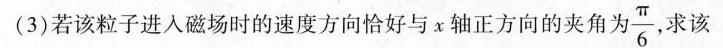
(3)若该粒子进入磁场时的速度方向恰好与x轴正方向的夹角 $$\frac{\pi}{6}$$ 求该